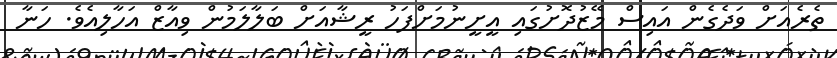
ތެރެއަށް ވަދެގެން އައިސް މޭޒުދޮށުގައި އީށީނުމަށްފަހު ރީޝާއަށް ބަލާލަމުން ވިއާޒް އަހާލިއެވެ. ހަނާ